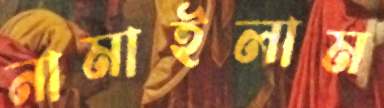
নামাইলাম